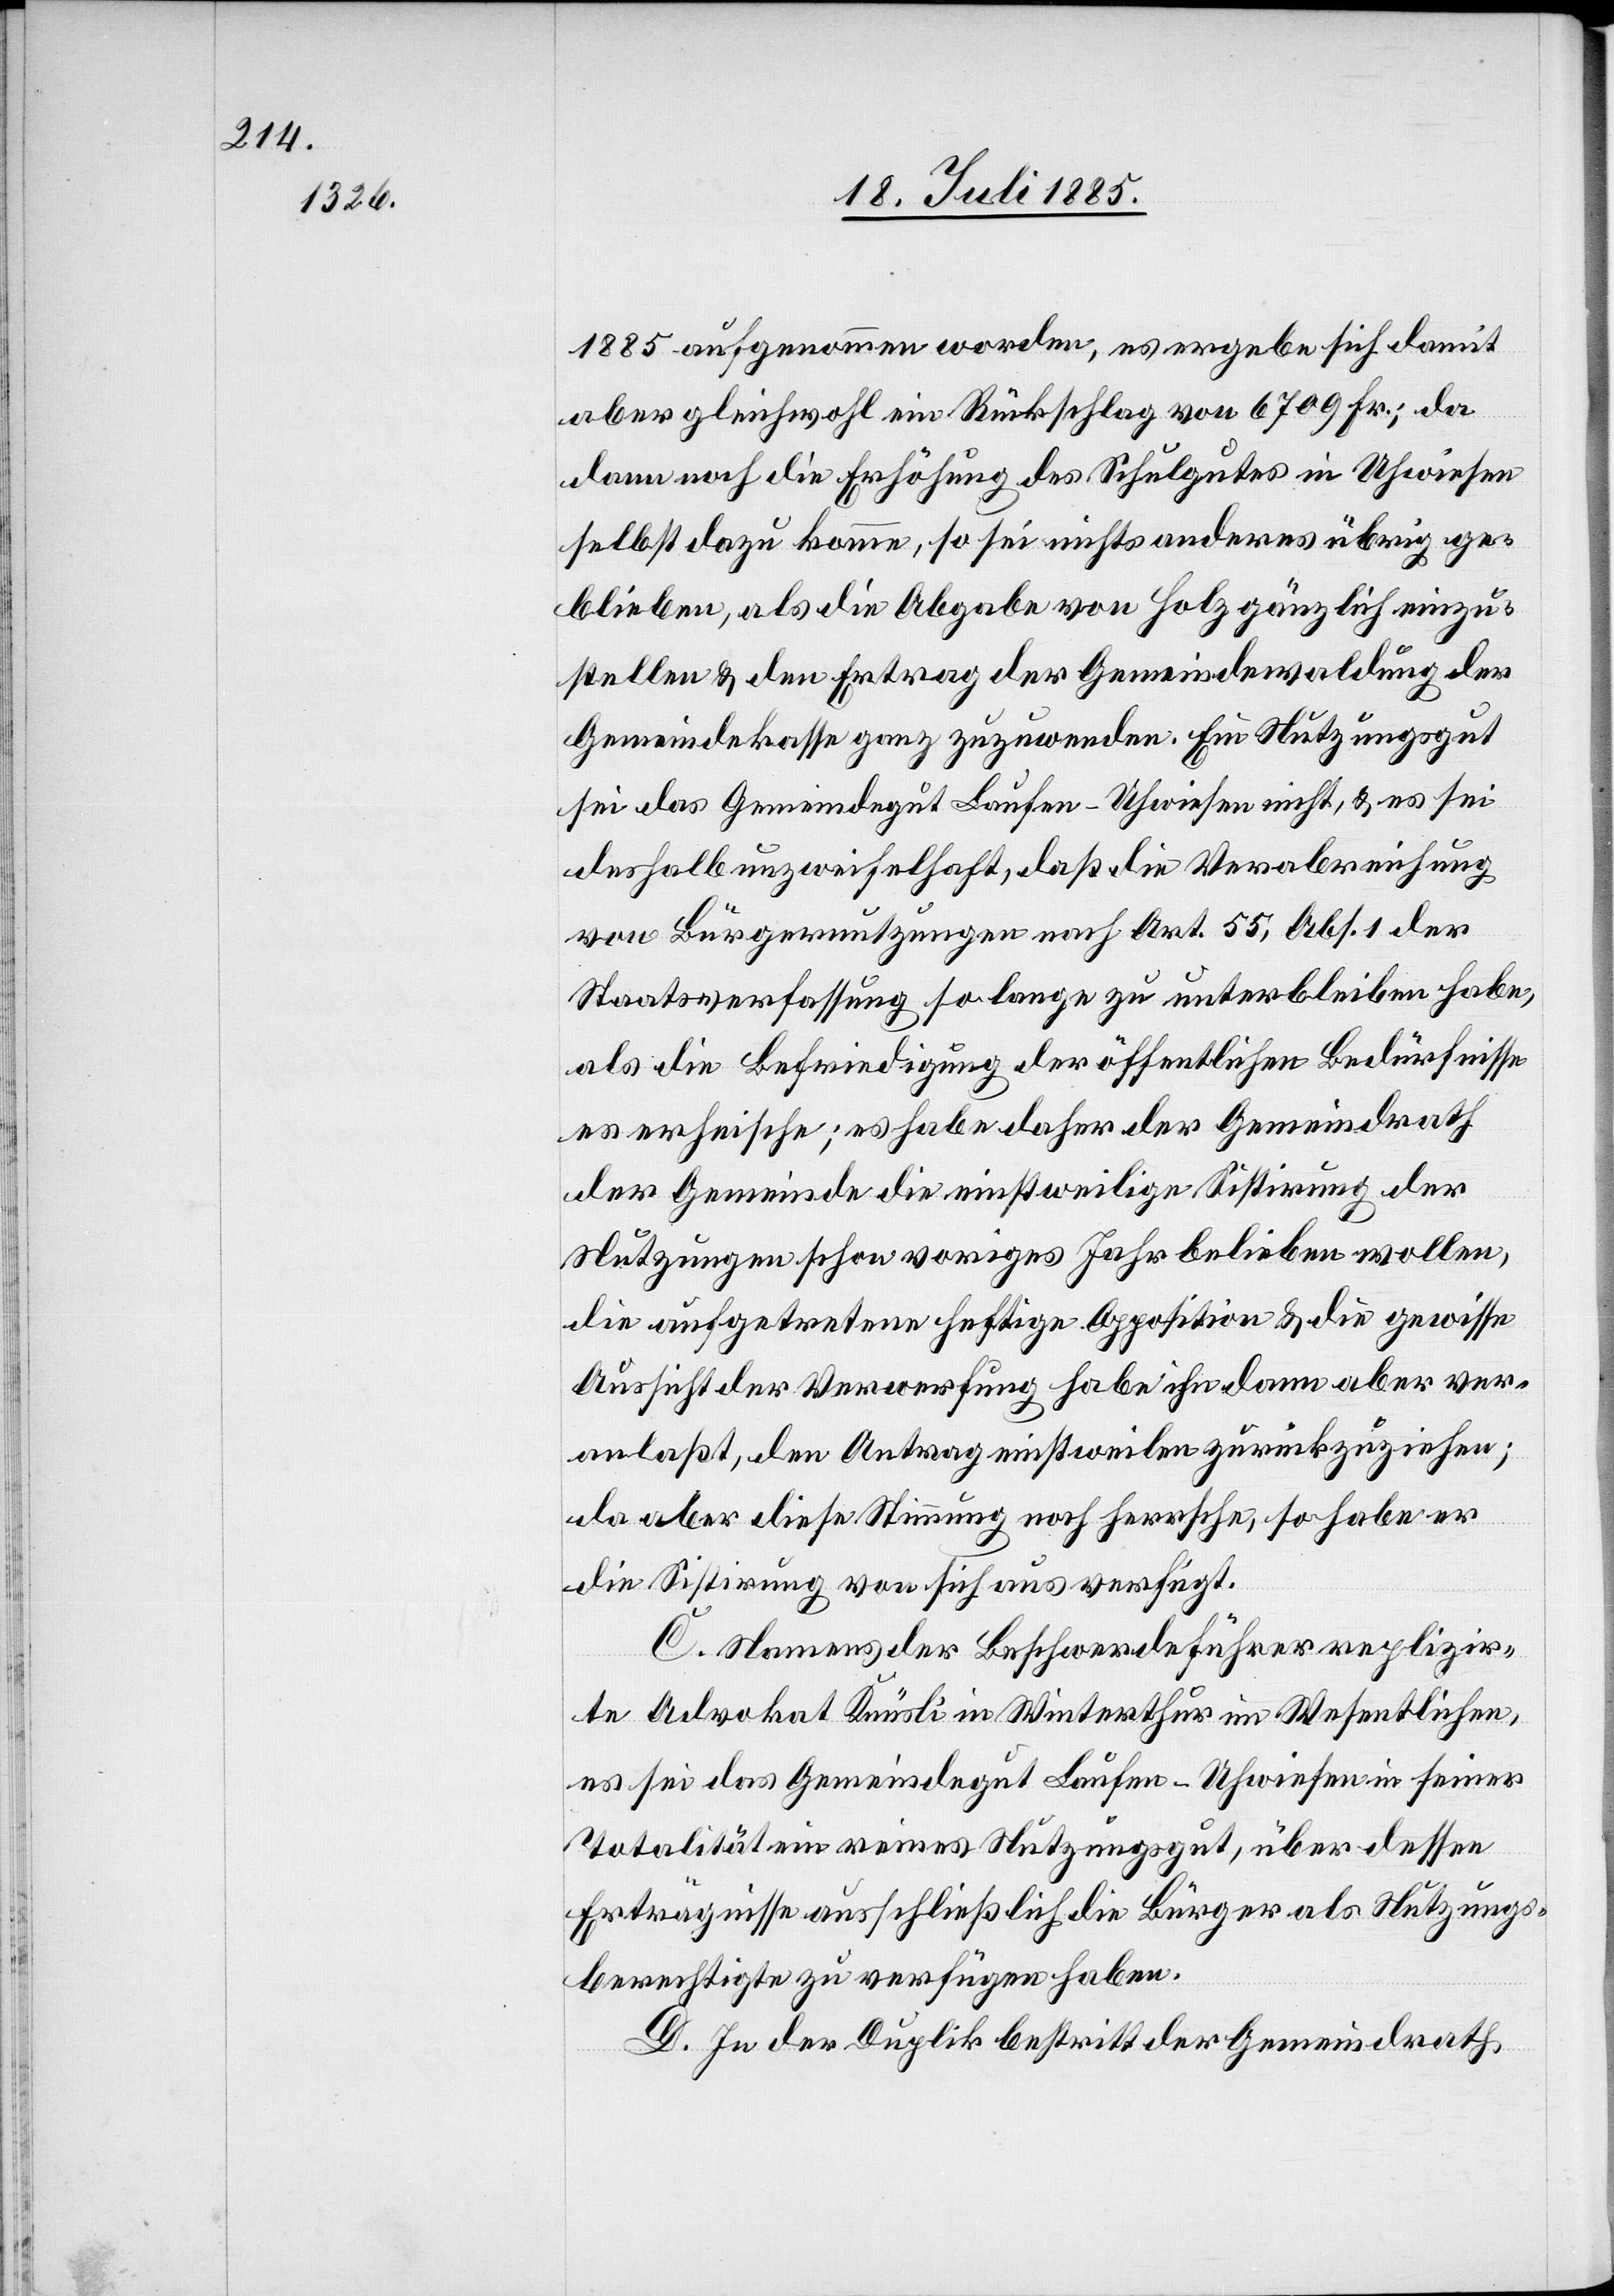
1885 aufgenommen worden, es ergebe sich damit
aber gleichwohl ein Rückschlag von 6709 Fr.; da
dann noch die Erhöhung des Schulgutes in Uhwiesen
selbst dazu komme, so sei nichts anderes übrig ge¬
blieben, als die Abgabe von Holz gänzlich einzu¬
stellen & den Ertrag der Gemeindewaldung der
Gemeindekasse ganz zuzuwenden. Ein Nutzungsgut
sei das Gemeindegut Laufen-Uhwiesen nicht, & es sei
deshalb unzweifelhaft, daß die Verabreichung
von Bürgernutzungen nach Art. 55, Abs. 1 der
Staatsverfassung so lange zu unterbleiben habe,
als die Befriedung der öffentlichen Bedürfnisse
es erheische; es habe daher der Gemeindrath
der Gemeinde die einstweilige Sistirung der
Nutzungen schon voriges Jahr belieben wollen,
die aufgetretene heftige Opposition & die gewisse
Aussicht der Verwerfung habe ihn dann aber ver¬
anlaßt, den Antrag einstweilen zurückzuziehen;
da aber diese Stimmung noch herrsche, so habe er
die Sistirung von sich aus verfügt.
C. Namens der Beschwerdeführer replizir¬
te Advokat Knüsli in Winterthur im Wesentlichen,
es sei das Gemeindegut Laufen-Uhwiesen in seiner
Totalität ein reines Nutzungsgut, über dessen
Erträgnisse ausschließlich die Bürger als Nutzungs¬
berechtigte zu verfügen haben.
D. In der Duplik bestritt der Gemeindrath